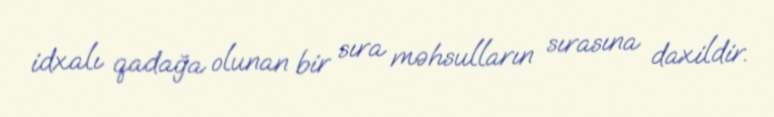
idxalı qadağa olunan bir sıra məhsulların sırasına daxildir.